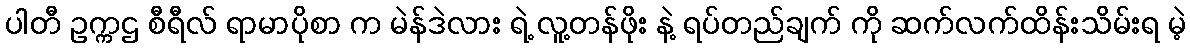
ပါတီ ဥက္ကဌ စီရီလ် ရာမာပိုစာ က မဲန်ဒဲလား ရဲ့ လူ့တန်ဖိုး နဲ့ ရပ်တည်ချက် ကို ဆက်လက်ထိန်းသိမ်းရ မဲ့